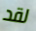
لقد